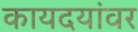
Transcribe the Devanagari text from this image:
कायदयांवर